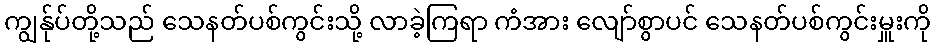
ကျွန်ုပ်တို့သည် သေနတ်ပစ်ကွင်းသို့ လာခဲ့ကြရာ ကံအား လျော်စွာပင် သေနတ်ပစ်ကွင်းမှူးကို